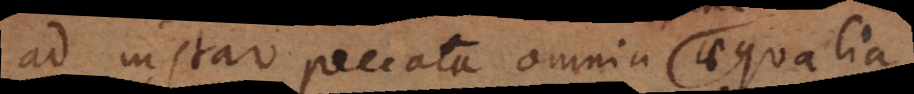
ad instar peccata omnia aequalia,